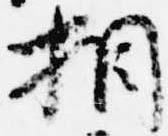
相